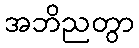
အဘိညတွာ